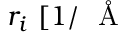
r _ { i } \, \, [ 1 / \mathrm { ~ { ~ \AA ~ } ~ }